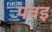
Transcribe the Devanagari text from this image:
पवइ